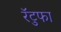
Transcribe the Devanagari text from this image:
रॅटुफा